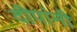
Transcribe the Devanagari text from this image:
दीपांनी